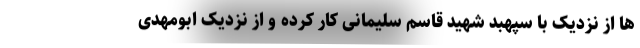
ها از نزدیک با سپهبد شهید قاسم سلیمانی کار کرده و از نزدیک ابومهدی